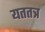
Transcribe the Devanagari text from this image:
यततत्र